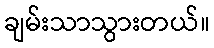
ချမ်းသာသွားတယ်။